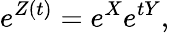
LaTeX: e^{Z(t)}=e^{X}e^{tY},